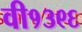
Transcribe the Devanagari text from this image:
वी१३९६